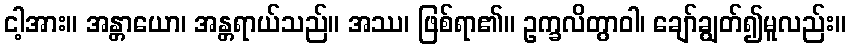
ငါ့အား။ အန္တာယော၊ အန္တရာယ်သည်။ အဿ၊ ဖြစ်ရာ၏။ ဥက္ခလိတွာဝါ၊ ချော်ချွတ်၍မူလည်း။